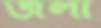
জলা